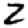
Digit: 2